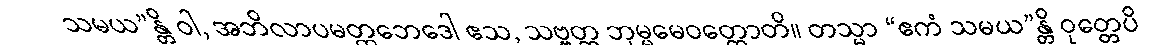
သမယ”န္တိ ဝါ, အဘိလာပမတ္တဘေဒေါ ဧသ, သဗ္ဗတ္ထ ဘုမ္မမေဝတ္ထောတိ။ တသ္မာ “ဧကံ သမယ”န္တိ ဝုတ္တေပိ